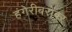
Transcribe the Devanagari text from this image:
हंगेरीबरोबर